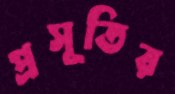
প্রসূতির